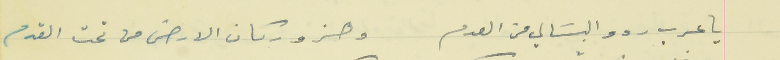
يا عرب ردو البسَالي من العدم                                   وهزو ركان الارض من تحت القدم